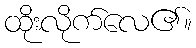
ထိုးလိုက်လေ၏။